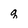
Character: q